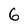
Character: 6